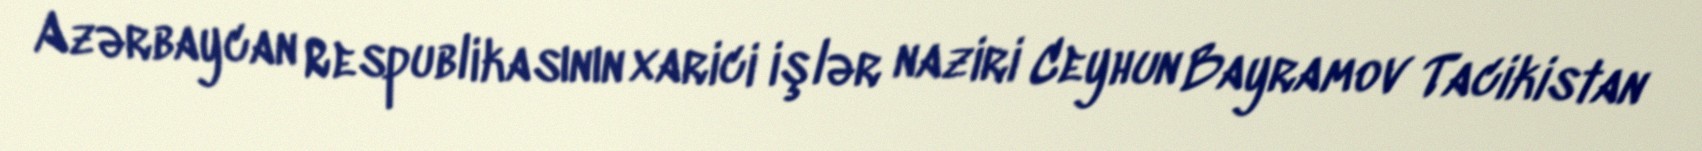
Azərbaycan Respublikasının xarici işlər naziri Ceyhun Bayramov Tacikistan